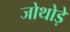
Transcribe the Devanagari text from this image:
जोथोड़े